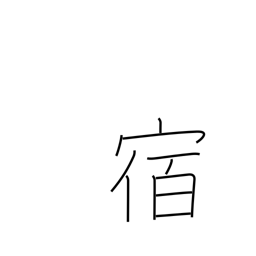
Meaning: lodge